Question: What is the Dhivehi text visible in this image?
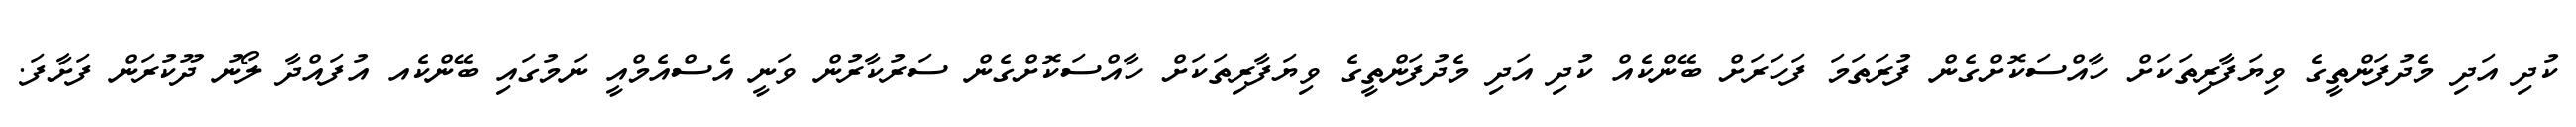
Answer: ކުދި އަދި މެދުފަންތީގެ ވިޔަފާރިތަކަށް ހާއްސަކޮށްގެން ފުރަތަމަ ފަހަރަށް ބޭންކެއް ކުދި އަދި މެދުފަންތީގެ ވިޔަފާރިތަކަށް ހާއްސަކޮށްގެން ސަރުކާރުން ވަނީ އެސްއެމްއީ ނަމުގައި ބޭންކެއ އުފައްދާ ލޯނު ދޫކުރަން ފަށާފަ.